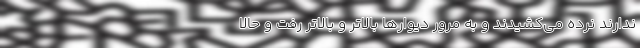
ندارند نرده می‌کشیدند و به مرور دیوارها بالاتر و بالاتر رفت و حالا